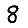
Digit: 8